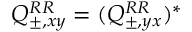
Q _ { \pm , x y } ^ { R R } = ( Q _ { \pm , y x } ^ { R R } ) ^ { * }